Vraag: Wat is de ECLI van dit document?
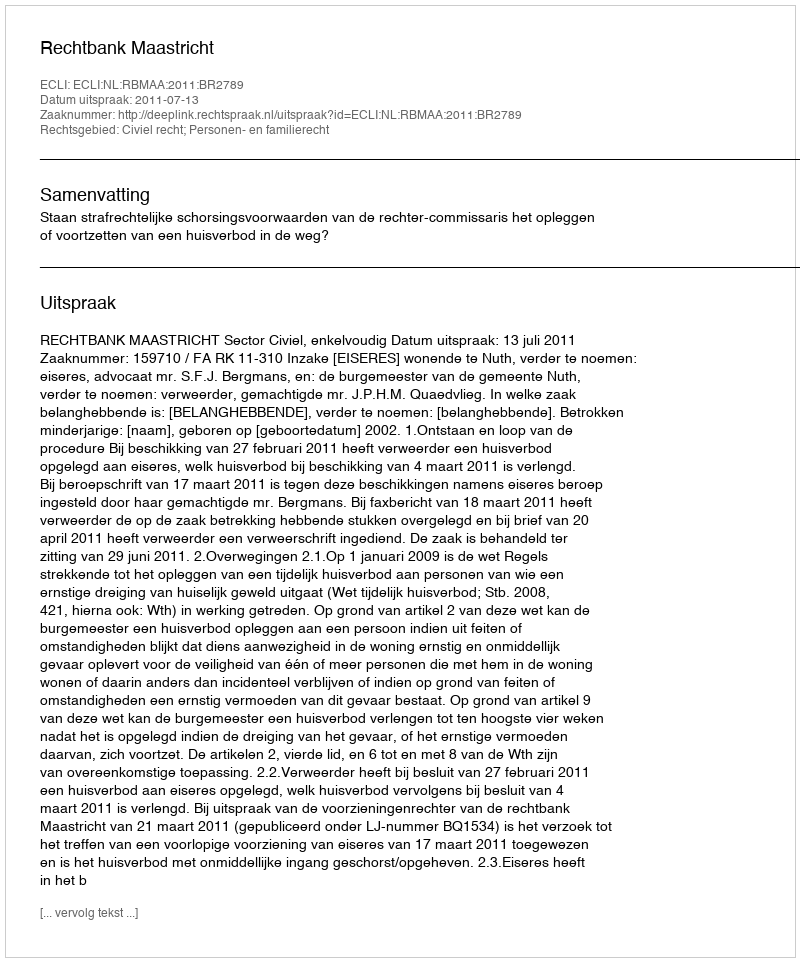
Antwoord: ECLI:NL:RBMAA:2011:BR2789